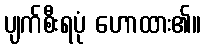
ပျက်စီးရပုံ ဟောထား၏။